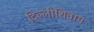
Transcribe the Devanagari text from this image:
दिल्लीशिवाय